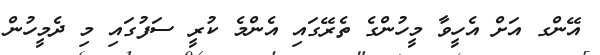
އޭންގ އަށް އެހީވާ މީހުންގެ ތެރޭގައި އެންމެ ކުރީ ސަފުގައި މި ދެމީހުން